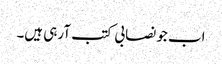
اب جو نصابی کتب آرہی ہیں۔